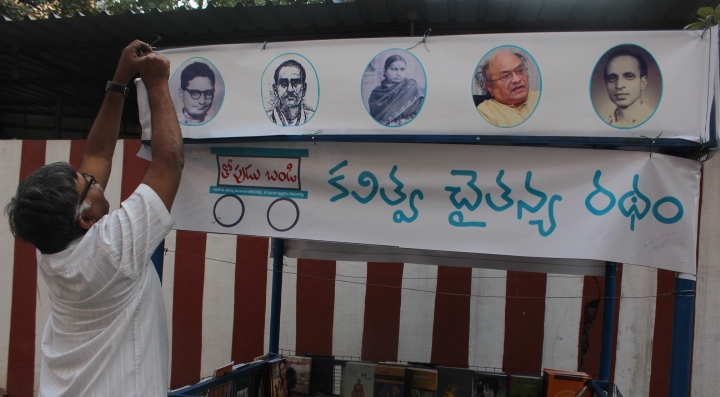
Language: telugu
Transcription: కవిత్వ రథం బండి తోపుడు చైతన్య